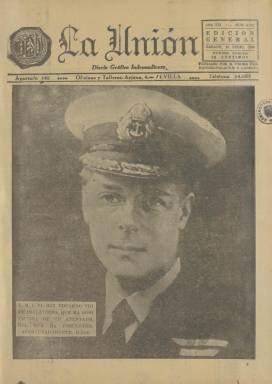
Título: La Unión (Sevilla. 1918)
Colección: Carlismo || Periódicos
Ámbito geográfico: Sevilla
Lugar de publicación: Sevilla
Fechas: 18/07/1936-31/12/1936

Su inscripción en el registro de prensa del Gobierno Civil de Sevilla es del 24 de mayo de 1918, apareciendo al día siguiente, como diario gráfico “independiente”, siendo su propietaria y editora la Asociación Sevillana del Trabajo, Protección y Cultura, presidida por Pedro Fernández-Palacios y Labraña (1862-1932), a quien se le atribuye su fundación. Fue órgano de la patronal sevillana Unión Comercial, que en esos años formó parte con los mauristas de una coalición electoral de derechas. Su primer director fue el periodista Ramiro Guardón, hasta que en 1922 empiece a dirigirlo el periodista carlista Domingo Tejera de Quesada (1881-1944), que lo adscribirá a la derecha tradicionalista, adquiriéndolo en mayo de 1931. Tejera será diputado por la integrista Comunión Tradicionalista en las Cortes de 1933.

Fue favorable a la dictadura primoriverrista, aunque “con algún guiño crítico” (Julio Ponce Ortega: 1998), y durante el periodo republicano, además de sufrir algún asalto, fue multado y suspendido en varias ocasiones, especialmente tras la sanjurjada de agosto de 1932, al “jalear” el golpe de Estado “quizá como ningún otro diario español” (Checa Godoy: 1989). Según indicaba El Siglo futuro, en 1935, no era considerado órgano oficial de la Comunión Tradicionalista sevillana, aunque “defendiese sus ideales” (Seoane y Sáiz: 1996), pero su director apoyó al jefe nacional de este partido del catolicismo ultraconservador, el sevillano Manuel Fal Conde (1894-1955), quien por su parte había organizado un trust de la prensa carlista andaluza bajo el control de la Impresora Bética, S.A. (IBSA). Véase: Ramón Reig García (2011).

Con dos ediciones diarias, la colección de este título en la Biblioteca Nacional de España corresponde a la de la tarde y va desde el 18 de julio al 31 de diciembre de 1936, y lleva el subtítulo “diario gráfico independiente”. Con el rápido triunfo del golpe dirigido por el general Gonzalo Queipo de Llano (1875-1951) en la capital hispalense, el día siguiente no apareció ninguno de los cuatro diarios que se publicaban en la ciudad: el cedista de Acción Popular y decano El Correo de Andalucía (1899), el monárquico ABC (1929) y El Liberal (1901). El lunes 20 volverán a publicarse, excepto el último, que venía siendo el de mayor difusión no sólo en Sevilla sino en toda la región andaluza durante el periodo republicano, de cuyos talleres los falangistas empezarían a publicar el semanario FE (1936-1946).

Con poca audiencia desde su fundación (Checa Godoy: 2011), el diario de Tejera, como órgano de propaganda de los carlistas sevillanos, revindicó las grandezas del requeté en los frentes de la guerra, siendo valedor del espíritu de cruzada (Concha Langa Nuño: 1998). Además fue el que más sobresalió en el ataque a la masonería (Ortiz Villalba: 1990). Aunque modifica sus dimensiones, su formato será siempre tabloide, entre las 16 y las 20 páginas, compuestas a cuatro columnas, que después reducirá a doce y a ocho. Sus portadas y la mayor de las veces, su contraportadas, son eminentemente gráficas, con fotograbados o fotomontajes de actualidad, siendo su principal reportero gráfico el madrileño Ángel Gómez Beades (1902-1983), que había ingresado en La Unión en 1933 y firmará sus instantáneas como Gelán (su nombre escrito al revés). Entre otras firmas de sus fotos aparecen las de F. Santos o Butler.

En estos números editados en los seis primeros meses de la guerra civil, empezará cada uno con la transcripción de Las charlas del general Queipo de Llano, previamente difundidas por Unión Radio de Sevilla. Sus contenidos van estructurados en numerosas secciones, entre las que destacan: La situación militar, El asedio de Madrid, Las plazas sitiadas, La situación de España, Noticias de la tarde, Parte oficial, Comunicados oficiales, Gacetilla, Noticias de última hora, Cuartel general del generalísimo, España en el extranjero, Extranjero, Cartelera, Religiosas (prestó especial atención a este tipo de actividades), Taurinas, Información de la región, o Lo que sabemos por la radio y la prensa de Madrid. También publica entregas de crónicas de guerra bajo los epígrafes Crónica de campaña, firmada por R. Scheider, y El cronista en campaña, bajo la firma de Jorge Villarín. Aparecen también otros nombres bajo textos de noticias o comentarios referidos al desarrollo de la guerra y en sus páginas son publicados también bandos, mensajes, discursos, declaraciones o alocuciones, principalmente de los altos mandos militares golpistas, como los generales Emilio Mola (1887-1937) o Miguel Cabanellas (1872-1938). Así mismo, abundan las inserciones publicitarias, principalmente de comercios locales, algunas de ellas ocupando planas completas e, incluso, a veces, la de la contracubierta. Como los demás diarios sevillanos, publica ediciones conmemorativas del “18 de julio”, en 1937 y 1938.

A partir de la asunción del general Francisco Franco (1892-1975) de la jefatura del “nuevo” Estado, en octubre comenzará a aparecer bajo su cabecera el lema:” Una Patria. Un Estado. Un Caudillo”. También inserta otros reclamos propagandísticos de guerra, como el que reza: “Denunciad y detened a los traidores”. Aunque no aparezca en sus números la indicación de “visado por la censura”, como lo fue la prensa republicana, como resultado de ella algunos de sus textos no pueden leerse al haber sido machacado el plomo de su composición y, según Reig García (2011), en concreto, fue reacio a la unificación de milicias. Aunque este autor, señala que estuvo publicándose hasta mayo de 1940, en un buen número de referencias bibliográficas se indica el 31 de diciembre de 1939 como último día de su publicación.

Además de los citados, véanse también, entre otros, el estudio sobre el primer año de vida de este diario de información general, de M.J. Ruiz Acosta (1996); el de la prensa sevillana en el siglo XX, de Alonso Braojos Garrido y María Jesús Comellas Aguirrezabala (1991), o el de la historia del periodismo español, de Pedro Gómez Aparicio (1981).

[Descripción modificada el 3/10/2018]